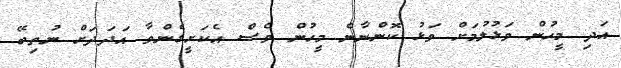
އަދި މީހުން ވަޅުލުމަށް ވަޅު ކޮންނާނެ މީހުން ވެސް އެކަށީގެންވާ އަދަދަށް ނުތިބޭ